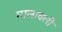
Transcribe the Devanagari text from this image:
मालावली